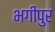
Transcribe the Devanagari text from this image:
भगीपुर